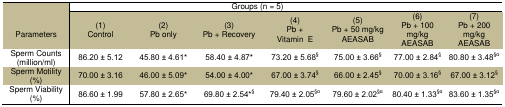
<table><thead><tr><td rowspan="3"><b>Parameters</b></td><td colspan="7"><b>Groups (n = 5)</b></td></tr><tr><td><b>(1)Control</b></td><td><b>(2)Pb only</b></td><td><b>(3)Pb + Recovery</b></td><td><b>(4)Pb + Vitamin E</b></td><td><b>(5)Pb + 50 mg/kg AEASAB</b></td><td><b>(6)Pb + 100 mg/kg AEASAB</b></td><td><b>(7)Pb + 200 mg/kg AEASAB</b></td></tr></thead><tbody><tr><td>Sperm Counts (million/ml)</td><td>86.20 ± 5.12</td><td>45.80 ± 4.61*</td><td>58.40 ± 4.87*</td><td>73.20 ± 5.68<sup>§</sup></td><td>75.00 ± 3.66<sup>§</sup></td><td>77.00 ± 2.84<sup>§</sup></td><td>80.80 ± 3.48<sup>§α</sup></td></tr><tr><td>Sperm Motility (%)</td><td>70.00 ± 3.16</td><td>46.00 ± 5.09*</td><td>54.00 ± 4.00*</td><td>67.00 ± 3.74<sup>§</sup></td><td>66.00 ± 2.45<sup>§</sup></td><td>70.00 ± 3.16<sup>§</sup></td><td>67.00 ± 3.12<sup>§</sup></td></tr><tr><td>Sperm Viability (%)</td><td>86.60 ± 1.99</td><td>57.80 ± 2.65*</td><td>69.80 ± 2.54*<sup>§</sup></td><td>79.40 ± 2.05<sup>§α</sup></td><td>79.60 ± 2.02<sup>§α</sup></td><td>80.40 ± 1.33<sup>§α</sup></td><td>83.60 ± 1.35<sup>§α</sup></td></tr></tbody></table>